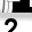
Digit: 2